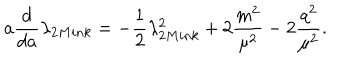
LaTeX: a \frac { d } { d a } \lambda _ { 2 M i n k } = - \frac { 1 } { 2 } \lambda _ { 2 M i n k } ^ { 2 } + 2 \frac { m ^ { 2 } } { \mu ^ { 2 } } - 2 \frac { q ^ { 2 } } { \mu ^ { 2 } } .